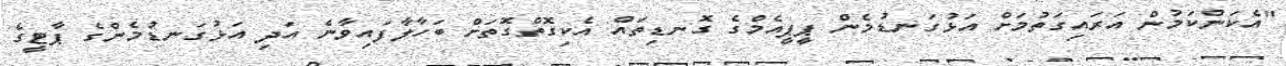
"އެކަންކަމުން އަރައިގަތުމަށް އަޅުގަނޑުމެން ޕީޕީއެމްގެ ގޮނޑިތައް އެކިގޮތްގޮތަށް ބަހާލާފައިވާނެ އަދި އަޅުގަނޑުމެންގެ ޕާޓީގެ